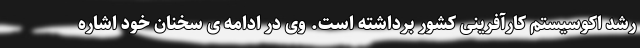
رشد اکوسیستم کارآفرینی کشور برداشته است. وی در ادامه ی سخنان خود اشاره